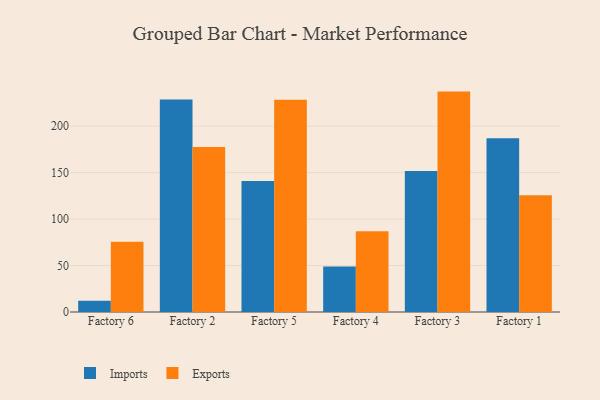
{"axis": {"x": "Factory", "y": "Page Views"}, "legend": ["Exports", "Imports"], "data": [{"x": "Factory 6", "y": 12.1, "type": "Imports"}, {"x": "Factory 6", "y": 75.7, "type": "Exports"}, {"x": "Factory 2", "y": 228.6, "type": "Imports"}, {"x": "Factory 2", "y": 177.5, "type": "Exports"}, {"x": "Factory 5", "y": 141.0, "type": "Imports"}, {"x": "Factory 5", "y": 228.2, "type": "Exports"}, {"x": "Factory 4", "y": 49.0, "type": "Imports"}, {"x": "Factory 4", "y": 87.0, "type": "Exports"}, {"x": "Factory 3", "y": 151.8, "type": "Imports"}, {"x": "Factory 3", "y": 237.1, "type": "Exports"}, {"x": "Factory 1", "y": 186.9, "type": "Imports"}, {"x": "Factory 1", "y": 125.6, "type": "Exports"}]}